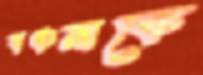
বঞ্চনাকে